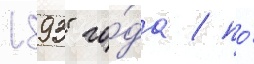
1893 го́да / по́